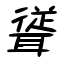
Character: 聳